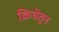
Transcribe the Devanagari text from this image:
क्रियेतून